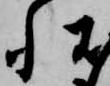
状